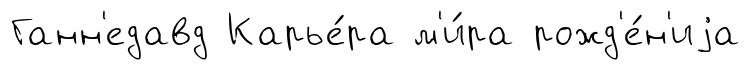
Ганн'едавд Карье́ра м'и́ра рожд'е́н'иjа